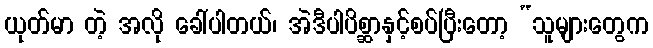
ယုတ်မာ တဲ့ အလို ခေါ်ပါတယ်၊ အဲဒီပါပိစ္ဆာနှင့်စပ်ပြီးတော့ “သူများတွေက